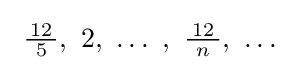
\ {\tfrac {12}{\ 5\ }},\ 2,\ \ldots \ ,\ {\tfrac {12}{\ n\ }},\ \ldots \